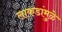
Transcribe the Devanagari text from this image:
लाकडांमुळे